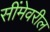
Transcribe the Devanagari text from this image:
सींमेवरील